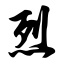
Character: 烈